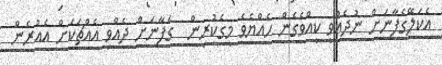
އެކަލޭގެފާނަށް ނުދެއްވީ ކީއްވެގެން ހެއްޔެވެ މީގެކުރިން  ގެފާނަށް ދެއްވި އެއްޗަކަށް އެއުރެން